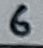
Text: 6